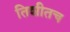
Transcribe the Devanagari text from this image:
तिशीतच